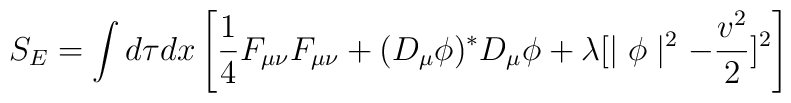
S_E = \int d\tau dx       \left[ \frac{1}{4} F_{\mu \nu} F_{\mu \nu} + (D_{\mu} \phi)^{\ast}             D_{\mu} \phi + \lambda [\mid \phi \mid^2 - \frac{v^2}{2}]^2                                                            \right]